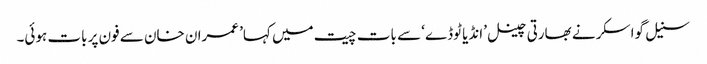
سنیل گواسکر نے بھارتی چینل ’انڈیا ٹوڈے‘ سے بات چیت میں کہا’ عمران خان سے فون پر بات ہوئی۔